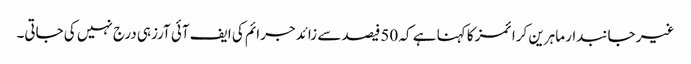
غیر جانبدار ماہرین کرا ئمز کا کہنا ہے کہ 50فیصد سے زائد جرائم کی ایف آئی آرزہی درج نہیں کی جاتی۔